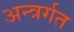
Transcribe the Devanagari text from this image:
अन्त्रर्गत